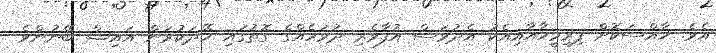
އެވެ. ޚާއްސަކޮށް ފިރިމީހާއާއިއެކު އެދުވަސް އުފާވެރި ދުވަހެއްގެ ގޮތުގައި ހޭދަކުރަން އައިޝް ބޭނުންވެ